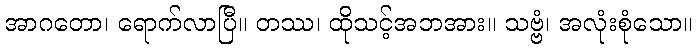
အာဂတော၊ ရောက်လာပြီ။ တဿ၊ ထိုသင့်အဘအား။ သဗ္ဗံ၊ အလုံးစုံသော။